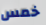
خمس